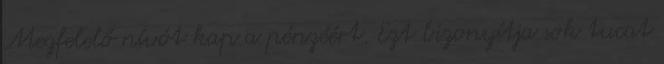
Megfelelő nívót kap a pénzéért. Ezt bizonyítja sok tucat